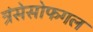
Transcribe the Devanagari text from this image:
त्रंसेसोफगल